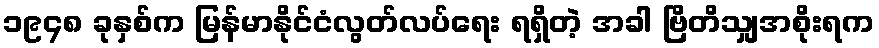
၁၉၄၈ ခုနှစ်က မြန်မာနိုင်ငံလွတ်လပ်ရေး ရရှိတဲ့ အခါ ဗြိတိသျှအစိုးရက